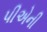
પીએની